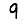
Digit: 9